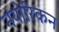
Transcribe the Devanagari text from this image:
नयोरिकन